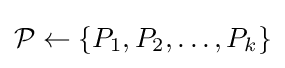
{\mathcal {P}}\leftarrow \{P_{1},P_{2},\dots ,P_{k}\}